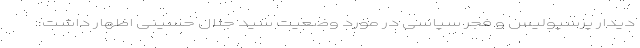
دیدار پرسپولیس و فجر سپاسی در مورد وضعیت سید جلال حسینی اظهار داشت: